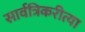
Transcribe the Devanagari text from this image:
सार्वत्रिकरीत्या